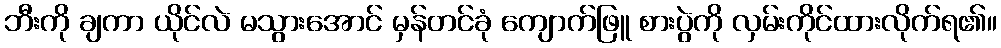
ဘီးကို ချကာ ယိုင်လဲ မသွားအောင် မှန်တင်ခုံ ကျောက်ဖြူ စားပွဲကို လှမ်းကိုင်ထားလိုက်ရ၏။